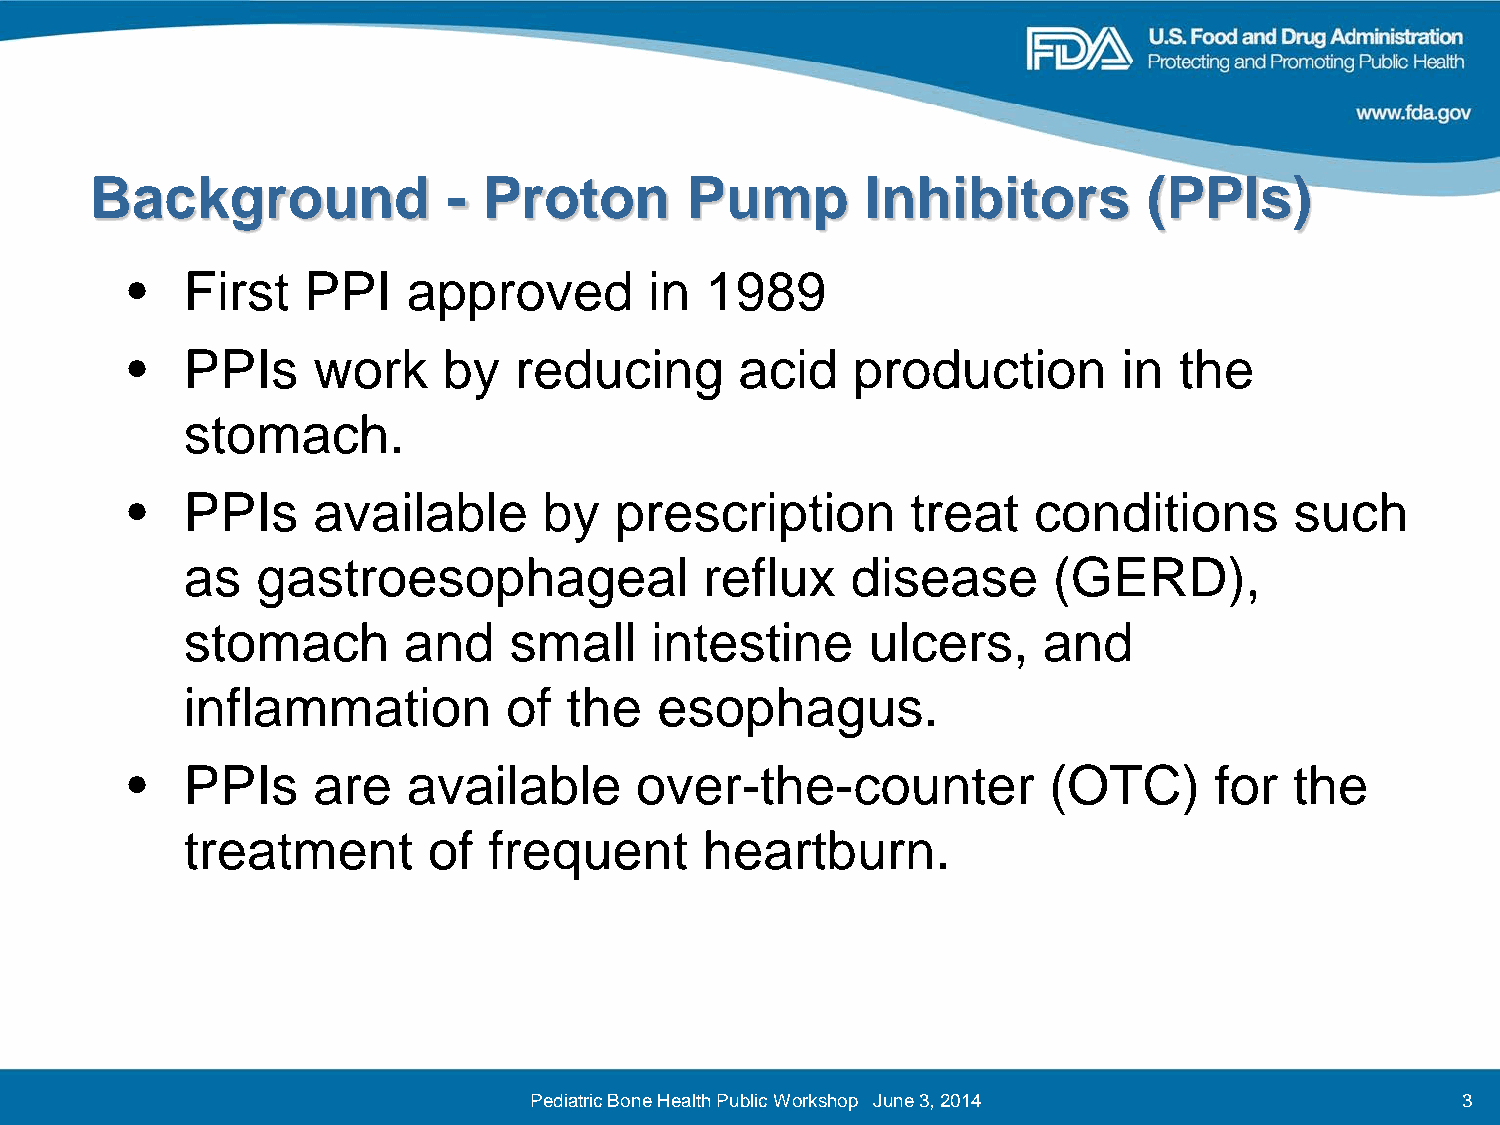
Background              - Proton       Pump        Inhibitors         (PPIs)
 •   First   PPI    approved        in  1989
 •   PPIs     work    by   reducing       acid   production        in  the
 stomach.
 •   PPIs     available      by   prescription       treat   conditions        such
 as   gastroesophageal              reflux   disease       (GERD),
 stomach        and    small    intestine     ulcers,     and
 inflammation          of  the   esophagus.
 •   PPIs     are   available      over-the-counter           (OTC)      for   the
 treatment       of  frequent       heartburn.
 Pediatric Bone Health Public Workshop June 3, 2014            3